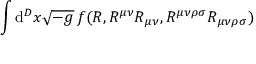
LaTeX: \int \mathrm { d } ^ { D } x { \sqrt { - g } } \, f ( R , R ^ { \mu \nu } R _ { \mu \nu } , R ^ { \mu \nu \rho \sigma } R _ { \mu \nu \rho \sigma } )